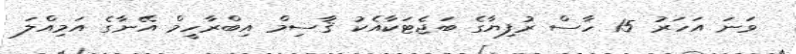
ވަނަ އަހަރު 15 ހާސް ރުފިޔާގެ ބަޖެޓަކާއެކު ޤާސިމް އިބްރާހީމް އޭނާގެ އަމިއްލަ